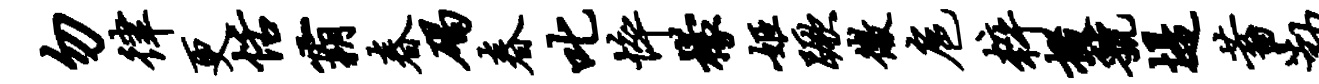
勿律更恬霸春碣春叱悴檬姬蹶微扈粹掇虢堤蓄渤